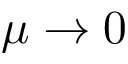
\mu \to 0